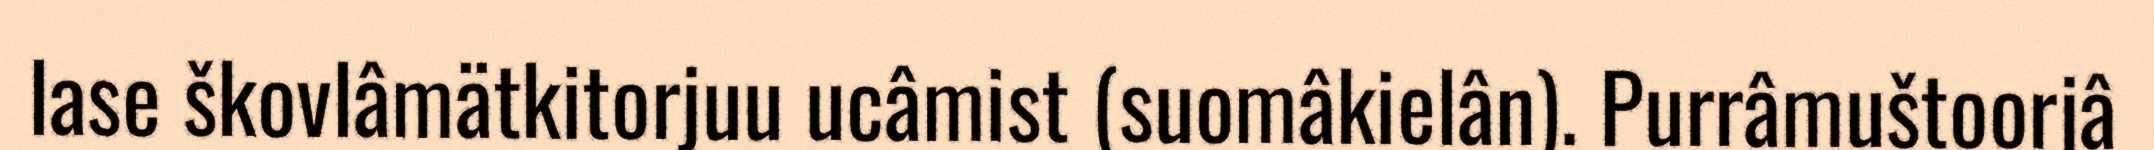
lase škovlâmätkitorjuu ucâmist (suomâkielân). Purrâmuštoorjâ